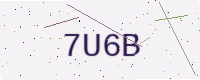
Text: 7U6B